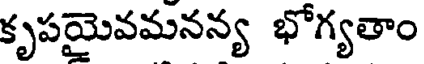
కృపయైవమనన్య భోగ్యతాం